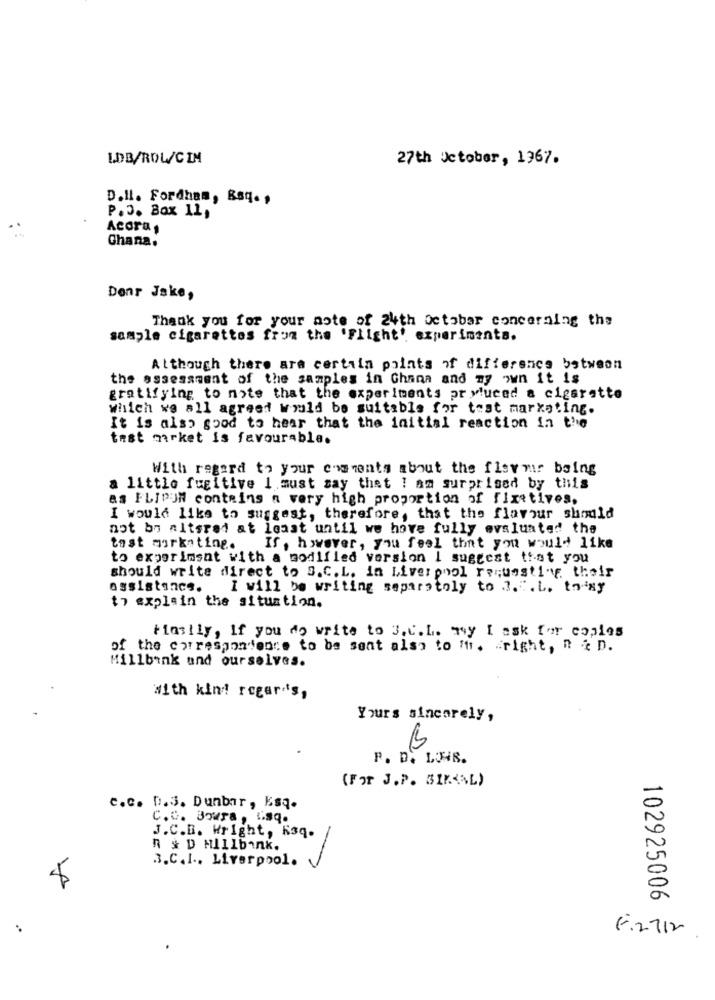
LDB/ROL/CIM
27th October, 1967.
D.Il. Fordham, Rsq. ,
P. J. Box 11,
Acora,
Ghana.
Denr Jake,
Thank you for your note of 24th October concerning the
sample cigarettes from the 'Flight' experiments.
Although there are certain points of difference between
the assessment of the samples in Ghana and my own it is
gratifying to note that the experiments pr yluced a cigarette
which we all agreed would be suitable for test marketing.
It is also good to hear that the initial reaction in the
test market is favourable.
With regard to your comments about the fist mr being
a little fugitive I must say that ! am surprised by this
as FLIPUM contains a very high proportion of firetives.
I would like to suggest, therefore, that the flavour should
not be altered at least until we hove fully evaluated the
tast marketing.
If, however, you feel that you would like
to experiment with a modified version I suggest that you
should write direct to S.C. L. in Liverpool requesting their
assistance.
I will be writing separatoly to 3.".L. tony
th explain the situation.
Finally, If you do write to 3.c.L. my I ask for copias
of the correspondence to be sent also to ffr. "right, R & D.
Millbank und ourselves.
with kind regards,
Yours sincerely,
P. D. LUIB.
(For J.P. SIKKAL)
e.c. D.3. Dunbar, Esq.
C.C. Boura , isq.
J.C.B. Wright, K3q.
R & D MILIbank.
3.C.I .. Liverpool.
-
102925006
..
6.2712